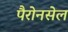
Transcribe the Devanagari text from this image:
पैरोनसेल